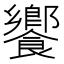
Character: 饗